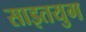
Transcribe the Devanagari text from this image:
साइतयुग